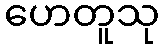
ဟေတူသု